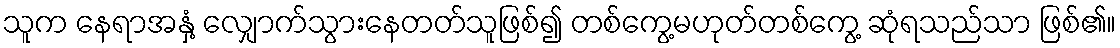
သူက နေရာအနှံ့ လျှောက်သွားနေတတ်သူဖြစ်၍ တစ်ကွေ့မဟုတ်တစ်ကွေ့ ဆုံရသည်သာ ဖြစ်၏။